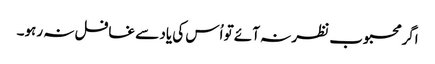
اگر محبوب نظر نہ آئے تو اُس کی یاد سے غافل نہ رہو۔